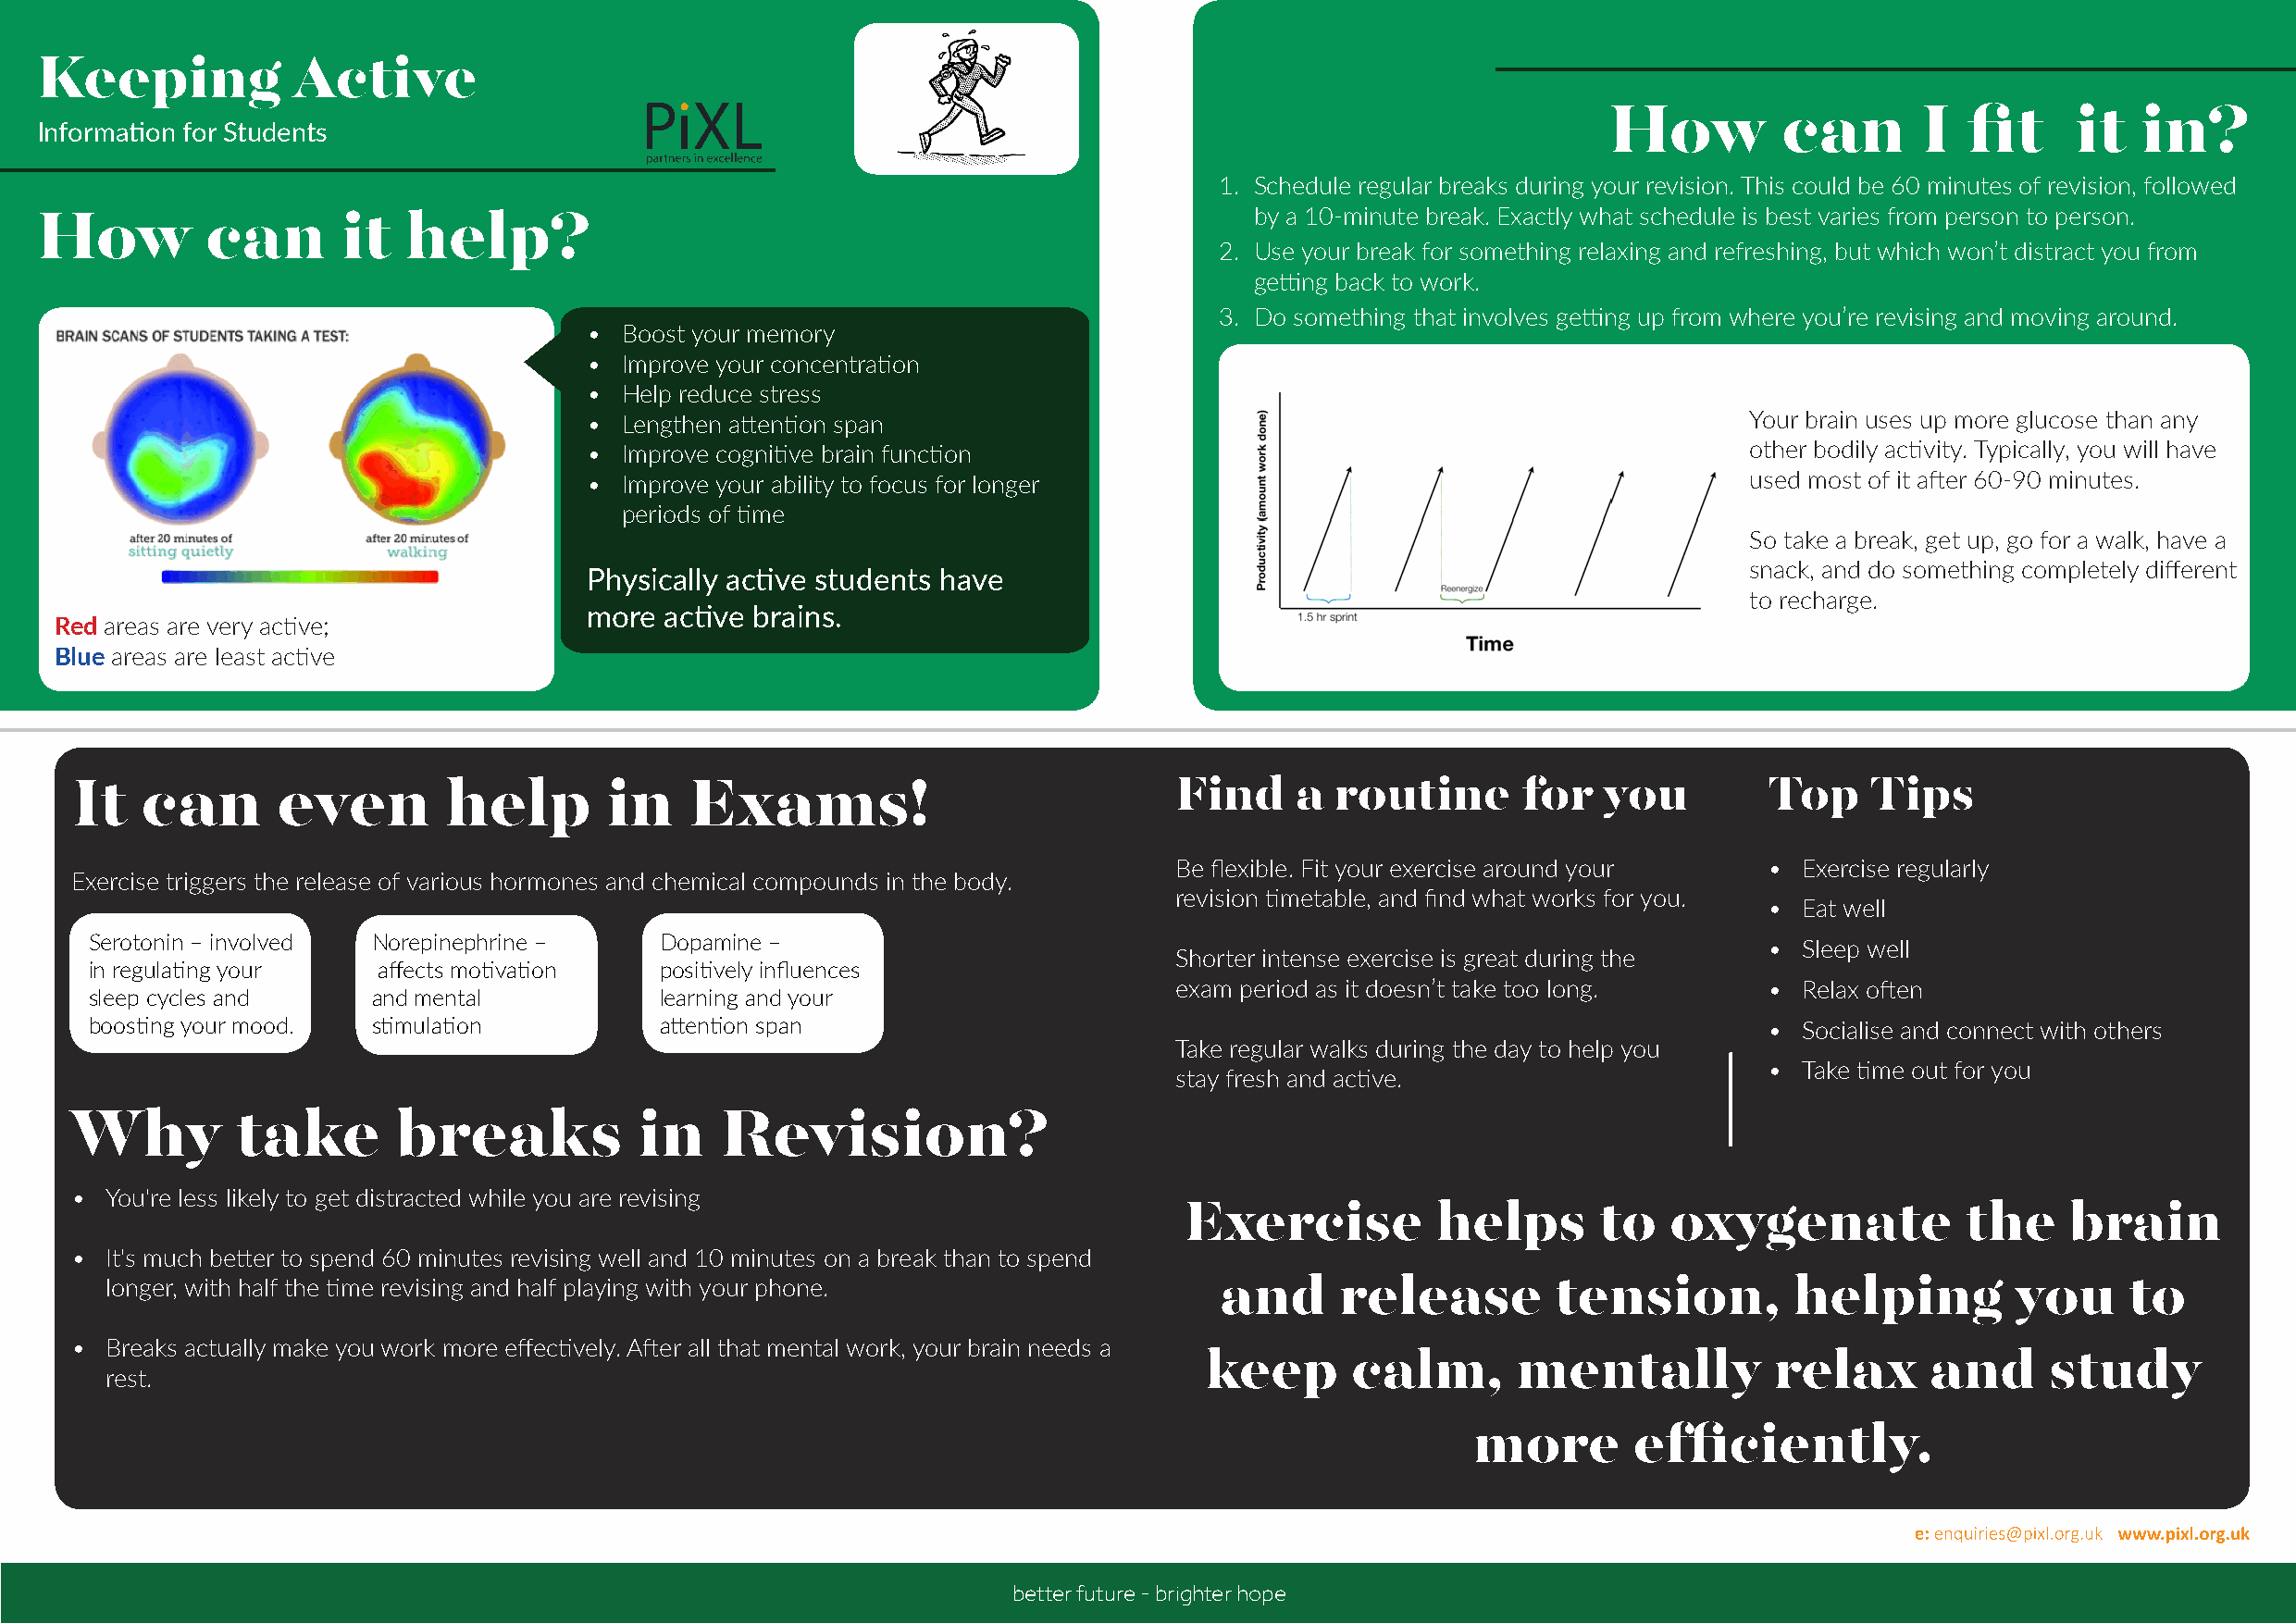
Keeping           Active
 How         can       I   fit    it   in?
 Information for Students
 1. Schedule regular breaks during your revision. This could be 60 minutes of revision, followed
 by a 10-minute break. Exactly what schedule is best varies from person to person.
 How         can      it   help?
 2. Use your break for something relaxing and refreshing, but which won’t distract you from
 getting back to work.
 3. Do something that involves getting up from where you’re revising and moving around.
 • Boost your memory
 • Improve your concentration
 • Help reduce stress
 • Lengthen attention span                                                          Your brain uses up more glucose than any
 • Improve cognitive brain function                                                 other bodily activity. Typically, you will have
 • Improve your ability to focus for longer                                         used most of it after 60-90 minutes.
 periods of time
 So take a break, get up, go for a walk, have a
 snack, and do something completely different
 Physically active students have
 to recharge.
 more  active brains.
 Red areas are very active;
 Blue areas are least active
 It   can       even        help       in    Exams!                             Find     a routine       for   you        Top     Tips
 Be flexible. Fit your exercise around your • Exercise regularly
 Exercise triggers the release of various hormones and chemical compounds in the body.
 revision timetable, and find what works for you.
 •  Eat well
 Serotonin – involved Norepinephrine –    Dopamine –                                                                     •  Sleep well
 Shorter intense exercise is great during the
 in regulating your   affects motivation  positively influences
 exam period as it doesn’t take too long.  •  Relax often
 sleep cycles and     and mental          learning and your
 boosting your mood.  stimulation         attention span                                                                 •  Socialise and connect with others
 Take regular walks during the day to help you
 •  Take time out for you
 stay fresh and active.
 Why         take       breaks            in    Revision?
 •  You're less likely to get distracted while you are revising
 Exercise          helps      to   oxygenate             the    brain
 •  It's much better to spend 60 minutes revising well and 10 minutes on a break than to spend
 longer, with half the time revising and half playing with your phone.          and      release        tension,         helping         you     to
 •  Breaks actually make you work more effectively. After all that mental work, your brain needs a
 keep       calm,      mentally           relax      and      study
 rest.
 more        efficiently.
 better future - brighter hope